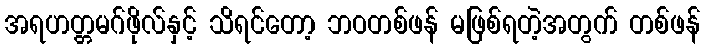
အရဟတ္တမဂ်ဖိုလ်နှင့် သိရင်တော့ ဘဝတစ်ဖန် မဖြစ်ရတဲ့အတွက် တစ်ဖန်